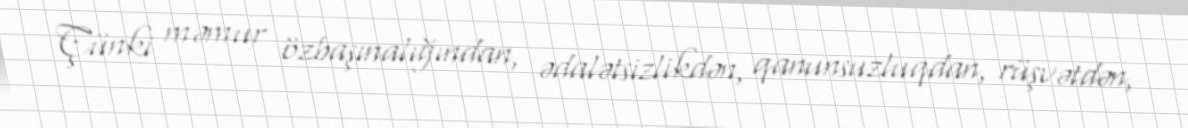
Çünki məmur özbaşınalığından, ədalətsizlikdən, qanunsuzluqdan, rüşvətdən,